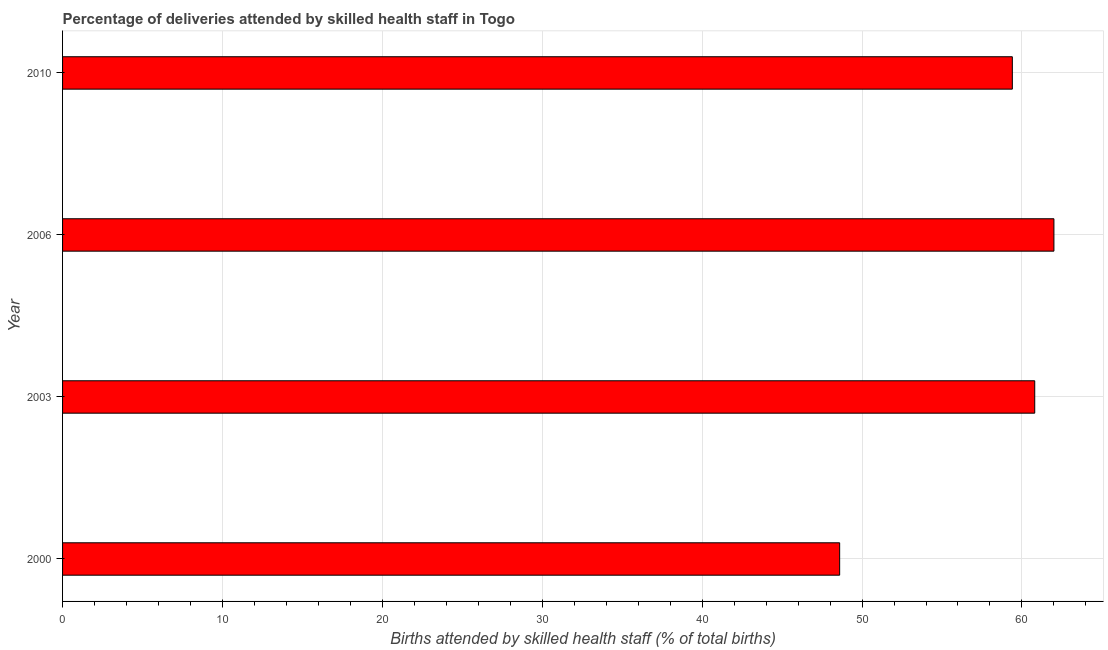
| Year | Births attended by skilled health staff |
 | --- | --- |
 | 2000 | 48.6 |
 | 2003 | 60.8 |
 | 2006 | 62 |
 | 2010 | 59.4 |